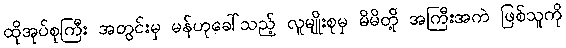
ထိုအုပ်စုကြီး အတွင်းမှ မန်ဟုခေါ်သည့် လူမျိုးစုမှ မိမိတို့ အကြီးအကဲ ဖြစ်သူကို